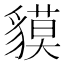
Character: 貘